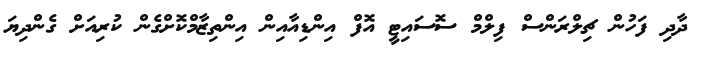
ދާދި ފަހުން ޗިލްރަންސް ފިލްމް ސޮސައިޓީ އޮފް އިންޑިއާއިން އިންތިޒާމްކޮށްގެން ކުރިއަށް ގެންދިޔަ